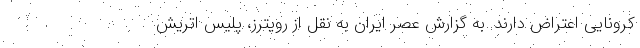
کرونایی اعتراض دارند. به گزارش عصر ایران به نقل از رویترز، پلیس اتریش